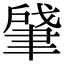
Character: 肈